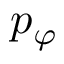
p _ { \varphi }